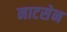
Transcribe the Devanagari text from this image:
नाटसेन